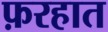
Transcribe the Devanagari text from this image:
फ़रहात